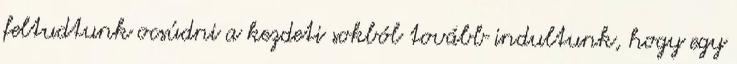
feltudtunk ocsúdni a kezdeti sokból tovább indultunk, hogy egy